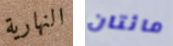
النهارية مائتان